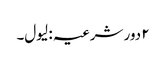
۲ دور شرعیہ : لیول۔